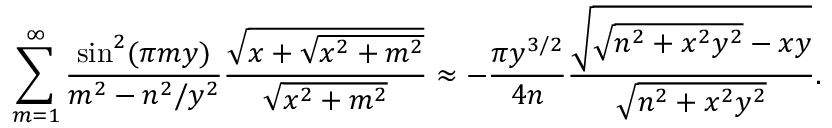
\sum _ { m = 1 } ^ { \infty } \frac { \sin ^ { 2 } ( \pi m y ) } { m ^ { 2 } - n ^ { 2 } / y ^ { 2 } } \frac { \sqrt { x + \sqrt { x ^ { 2 } + m ^ { 2 } } } } { \sqrt { x ^ { 2 } + m ^ { 2 } } } \approx - \frac { \pi y ^ { 3 / 2 } } { 4 n } \frac { \sqrt { \sqrt { n ^ { 2 } + x ^ { 2 } y ^ { 2 } } - x y } } { \sqrt { n ^ { 2 } + x ^ { 2 } y ^ { 2 } } } .